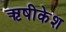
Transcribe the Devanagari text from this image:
ऋषीकेश